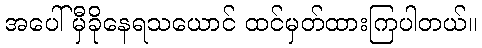
အပေါ်မှီခိုနေရသယောင် ထင်မှတ်ထားကြပါတယ်။